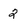
Character: 2